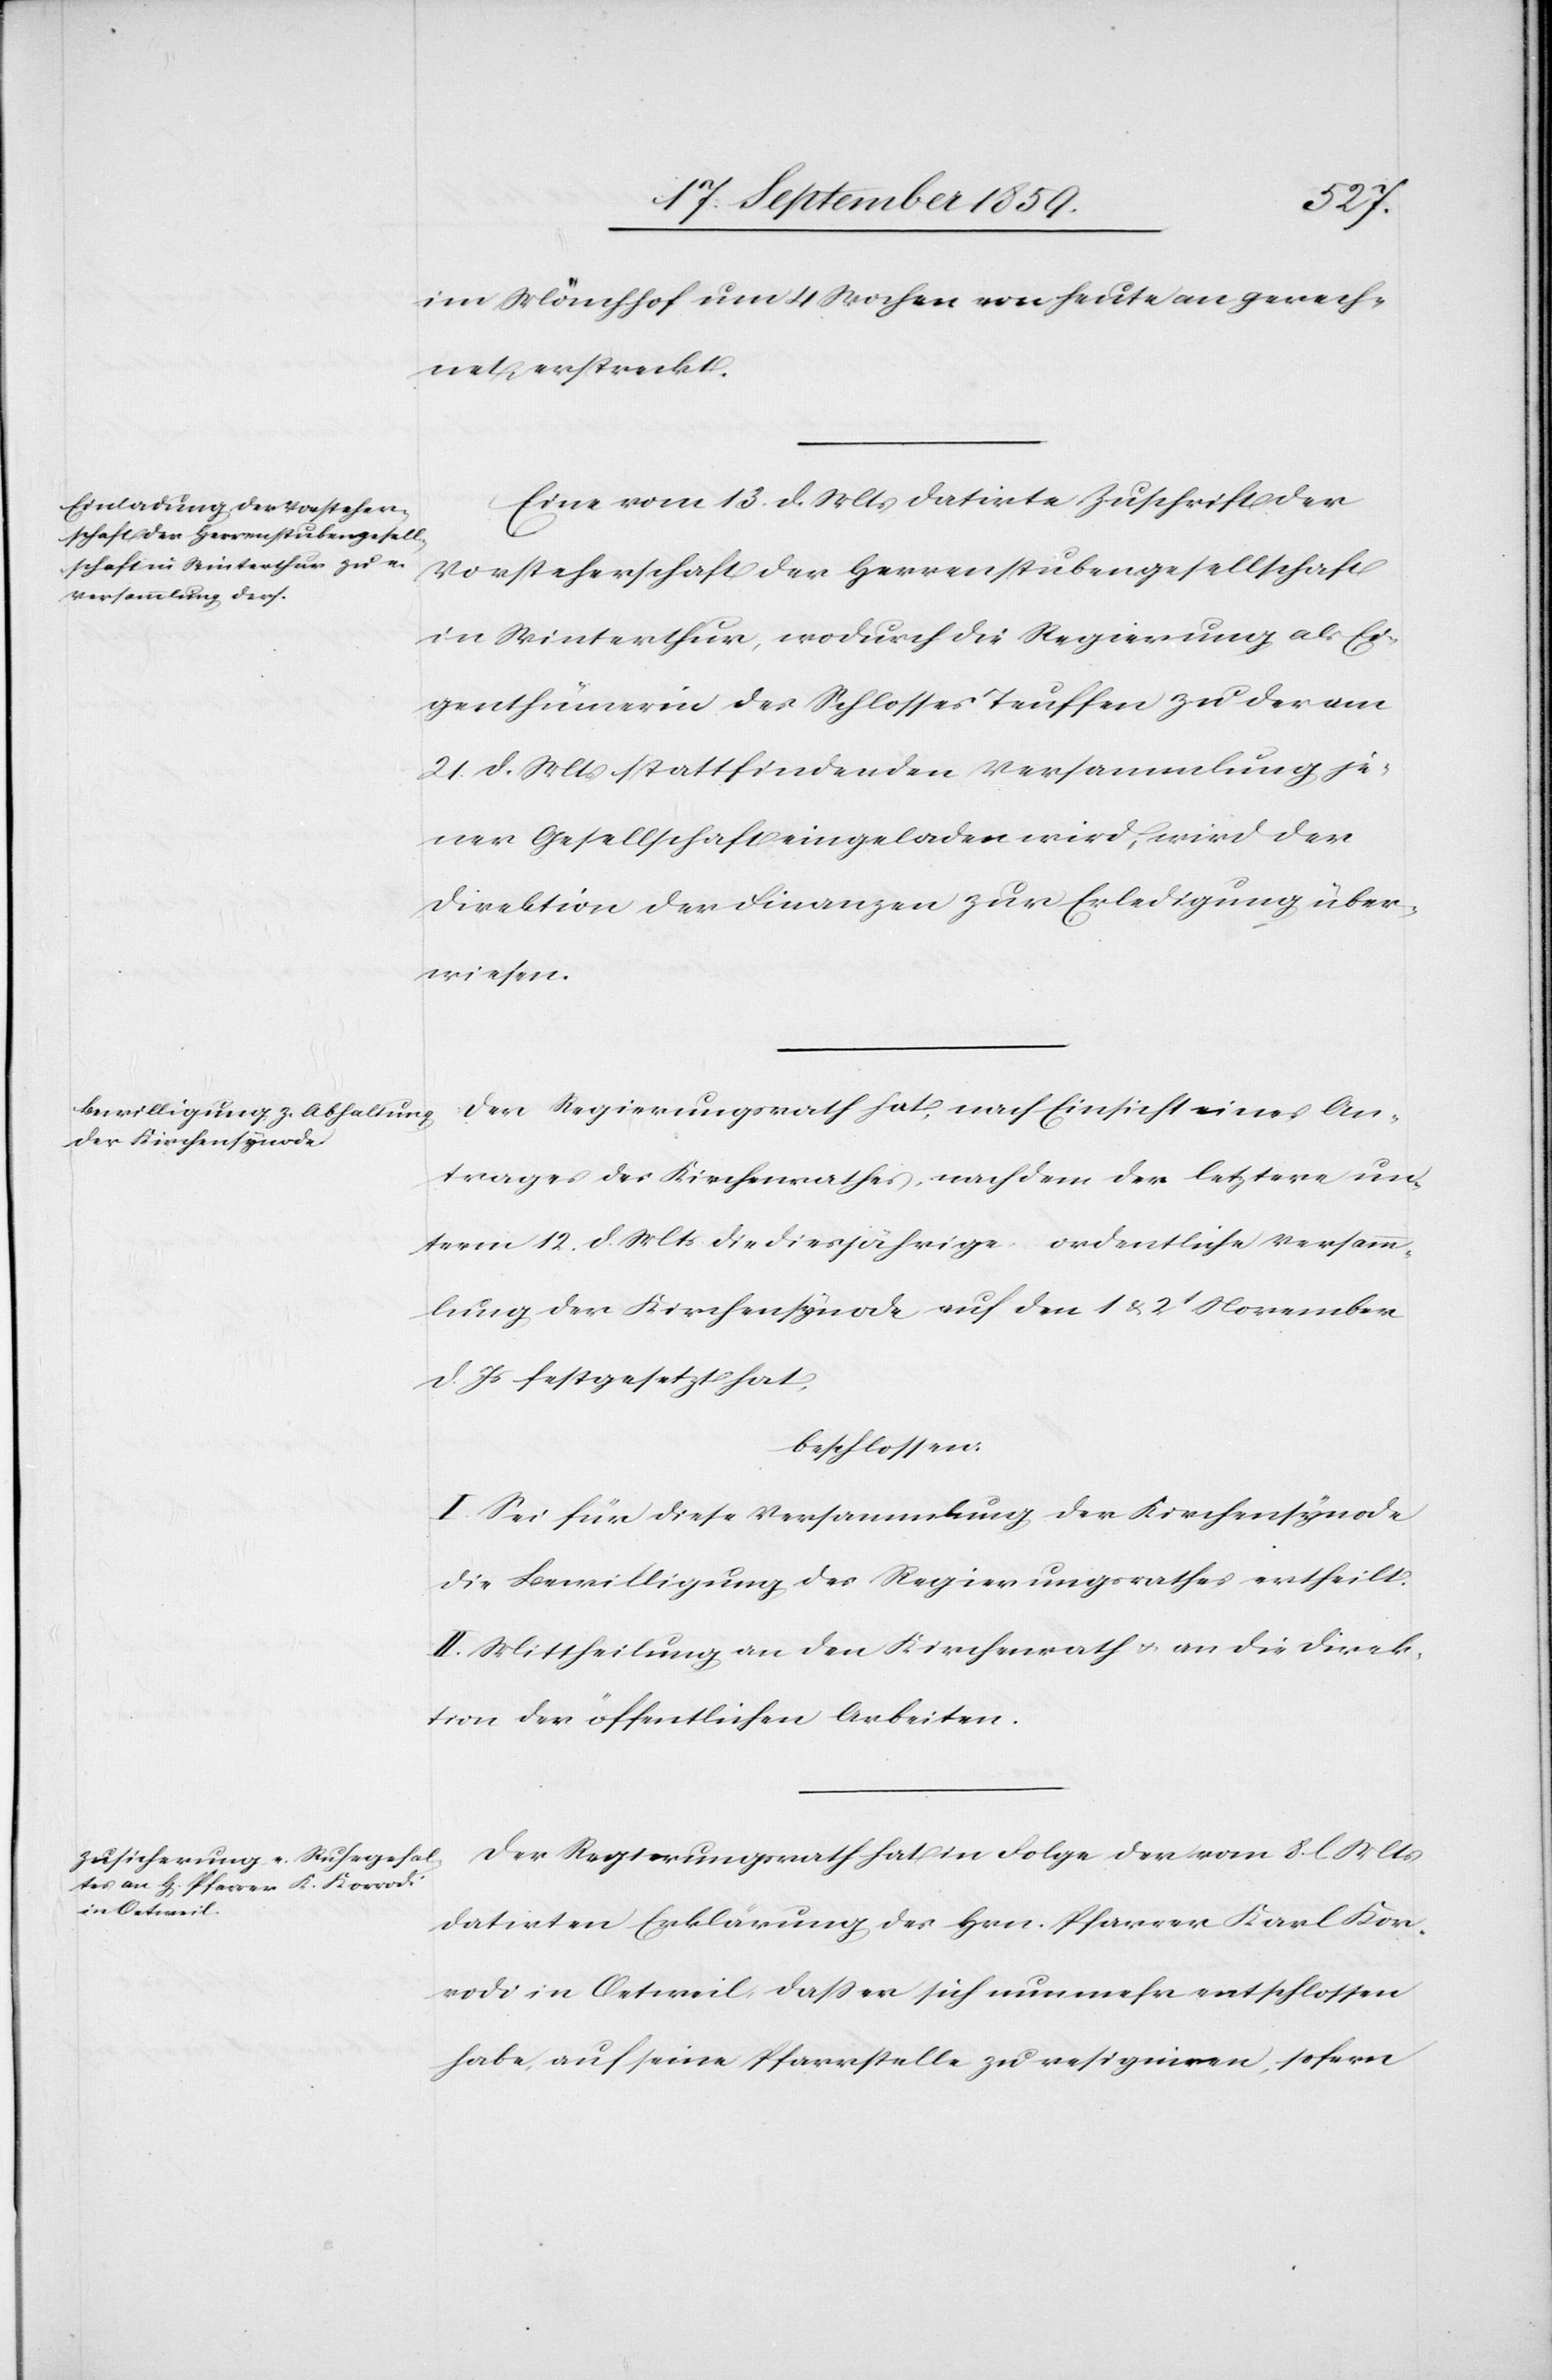
im Mönchhof um 4 Wochen von heute an gerech¬
net erstreckt.
Eine vom 13. d. Mts. datirte Zuschrift der
Vorsteherschaft der Herrenstubengesellschaft
in Winterthur, wodurch die Regierung als Ei¬
genthümerin des Schlosses Teuffen zu der am
21. d. Mts. stattfindenden Versammlung je¬
ner Gesellschaft eingeladen wird, wird der
Direktion der Finanzen zur Erledigung über¬
wiesen.
Der Regierungsrath hat, nach Einsicht eines An¬
trages des Kirchenrathes, nach dem der letztere un¬
term 12. d. Mts. die diesjährige ordentliche Versamm¬
lung der Kirchensynode auf den 1 & 2t November
d. Js. festgesetzt hat,
beschlossen:
I. Sei für diese Versammlung, der Kirchensynode
die Bewilligung des Regierungsrathes ertheilt.
II. Mittheilung an den Kirchenrath & an die Direk¬
tion der öffentlichen Arbeiten.
Der Regierungsrath hat in Folge der vom 8. l. Mts.
datirten Erklärung des Hrn. Pfarrer Karl Kor¬
rodi in Oetweil, daß er sich nunmehr entschlossen
habe, auf seine Pfarrstelle zu resignieren, sofern